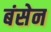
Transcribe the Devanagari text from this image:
बंसेन